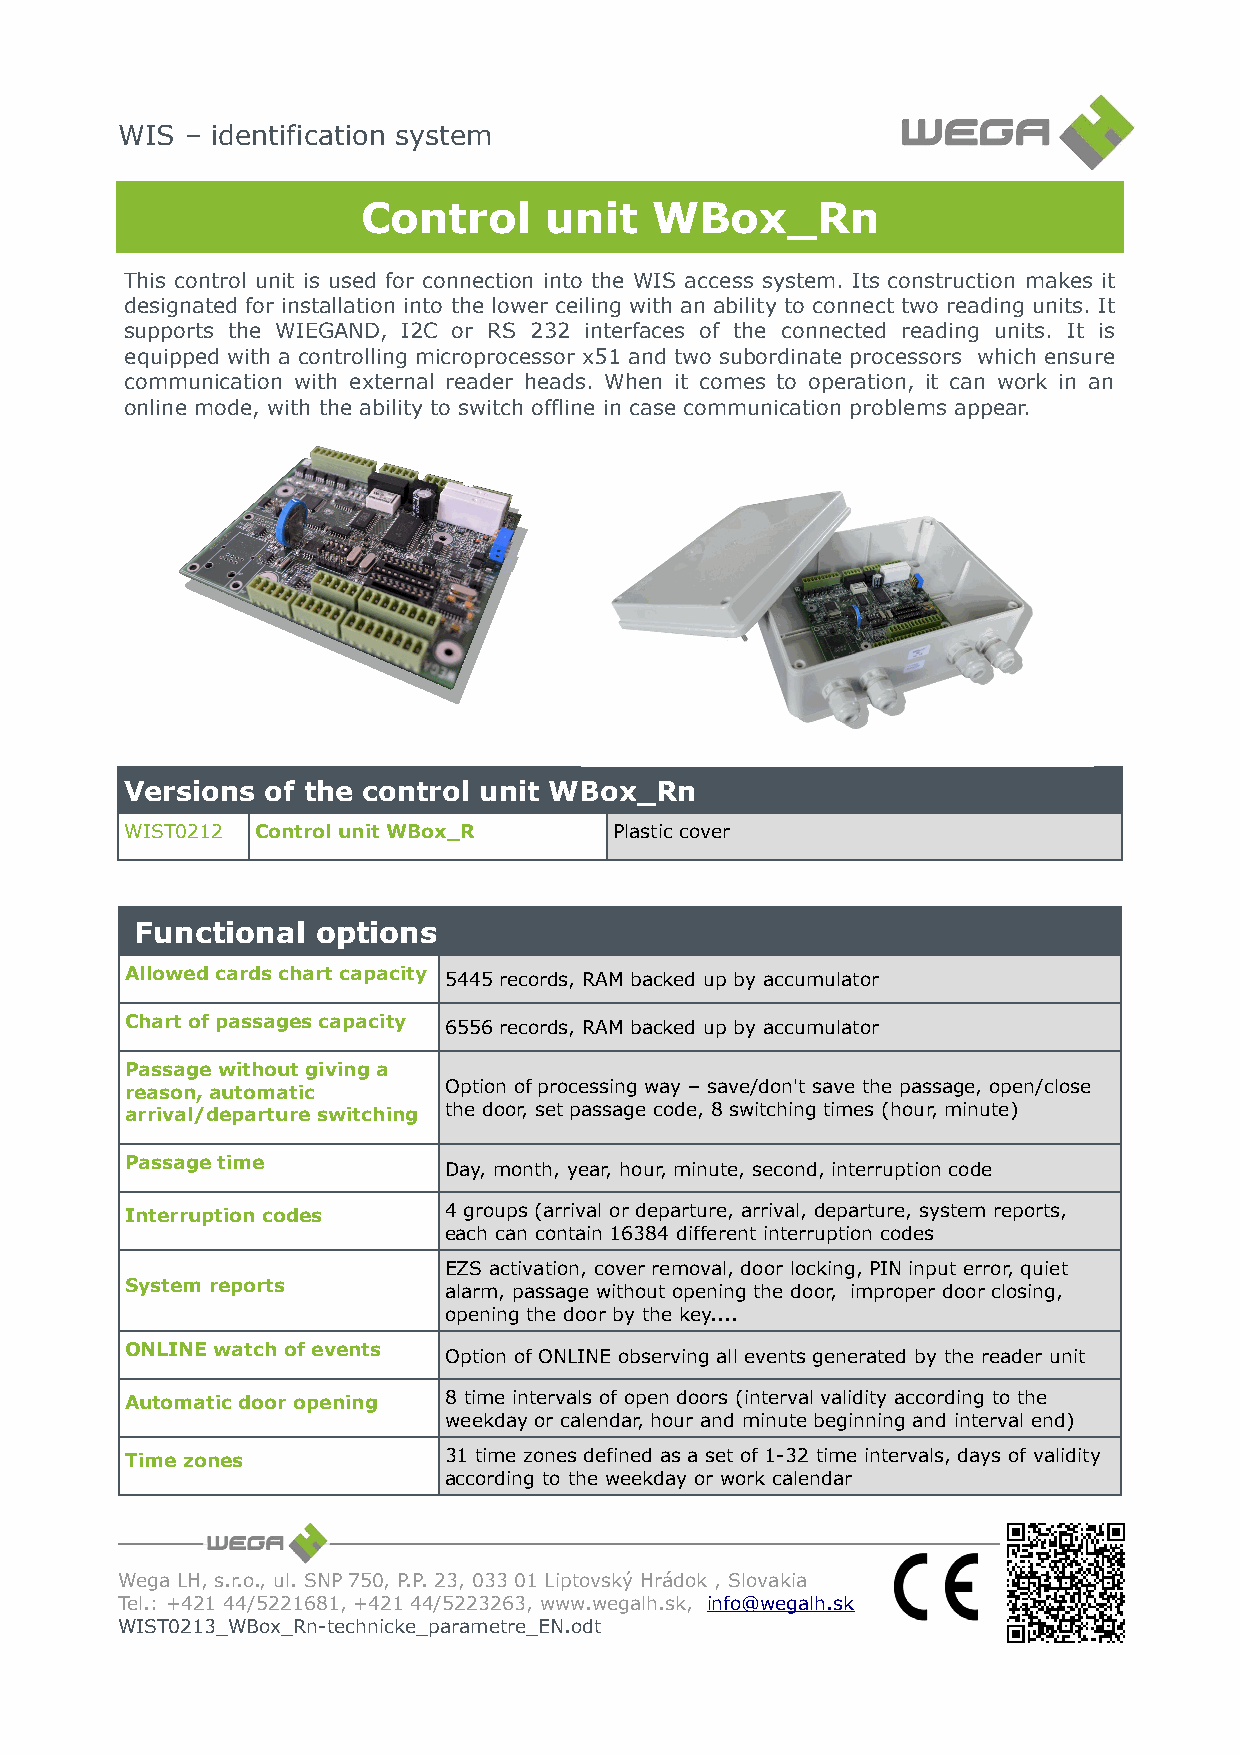
WIS – identification system
 Control     unit   WBox_Rn
 This control unit is used for connection into the WIS access system. Its construction makes it
 designated for installation into the lower ceiling with an ability to connect two reading units. It
 supports the WIEGAND, I2C or RS 232 interfaces of the connected reading units. It is
 equipped with a controlling microprocessor x51 and two subordinate processors which ensure
 communication with external reader heads. When it comes to operation, it can work in an
 online mode, with the ability to switch offline in case communication problems appear.
 Versions  of the control unit WBox_Rn
 WIST0212 Control unit WBox_R     Plastic cover
 Functional  options
 Allowed cards chart capacity 5445 records, RAM backed up by accumulator
 Chart of passages capacity 6556 records, RAM backed up by accumulator
 Passage without giving a
 reason, automatic    Option of processing way – save/don't save the passage, open/close
 arrival/departure switching the door, set passage code, 8 switching times (hour, minute)
 Passage time         Day, month, year, hour, minute, second, interruption code
 Interruption codes   4 groups (arrival or departure, arrival, departure, system reports,
 each can contain 16384 different interruption codes
 EZS activation, cover removal, door locking, PIN input error, quiet
 System reports       alarm, passage without opening the door, improper door closing,
 opening the door by the key....
 ONLINE watch of events Option of ONLINE observing all events generated by the reader unit
 Automatic door opening 8 time intervals of open doors (interval validity according to the
 weekday or calendar, hour and minute beginning and interval end)
 Time zones           31 time zones defined as a set of 1-32 time intervals, days of validity
 according to the weekday or work calendar
 Wega LH, s.r.o., ul. SNP 750, P.P. 23, 033 01 Liptovský Hrádok , Slovakia
 Tel.: +421 44/5221681, +421 44/5223263, www.wegalh.sk, info@wegalh.sk
 WIST0213_WBox_Rn-technicke_parametre_EN.odt